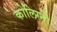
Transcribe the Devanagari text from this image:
कोलिग्नी